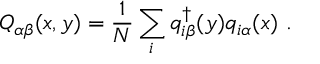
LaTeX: Q _ { \alpha \beta } ( x , y ) = \frac { 1 } { N } \sum _ { i } q _ { i \beta } ^ { \dagger } ( y ) q _ { i \alpha } ( x ) \ .